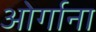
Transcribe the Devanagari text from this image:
ओर्गाना